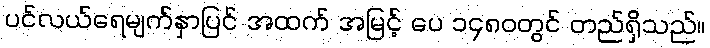
ပင်လယ်ရေမျက်နှာပြင် အထက် အမြင့် ပေ ၁၄၈၀တွင် တည်ရှိသည်။